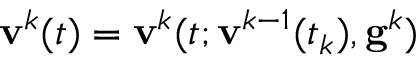
\mathbf { v } ^ { k } ( t ) = \mathbf { v } ^ { k } ( t ; \mathbf { v } ^ { k - 1 } ( t _ { k } ) , \mathbf { g } ^ { k } )